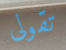
تقولى